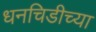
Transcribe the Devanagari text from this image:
धनचिडीच्या